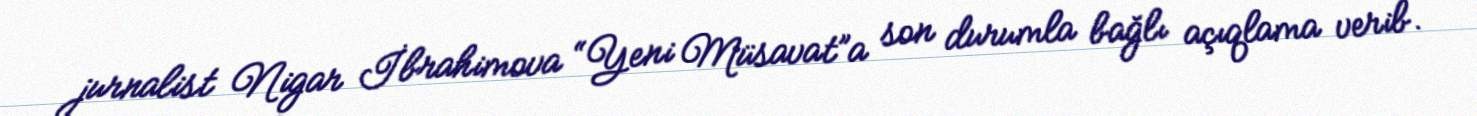
jurnalist Nigar İbrahimova “Yeni Müsavat”a son durumla bağlı açıqlama verib.